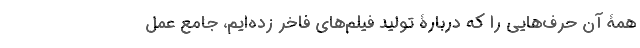
همۀ آن حرف‌هایی را که دربارۀ تولید فیلم‌های فاخر زده‌ایم، جامع عمل